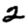
Digit: 2